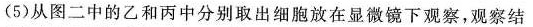
(5)从图二中的乙和丙中分别取出细胞放在显微镜下观察，观察结